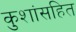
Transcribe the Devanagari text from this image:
कुशांसहित